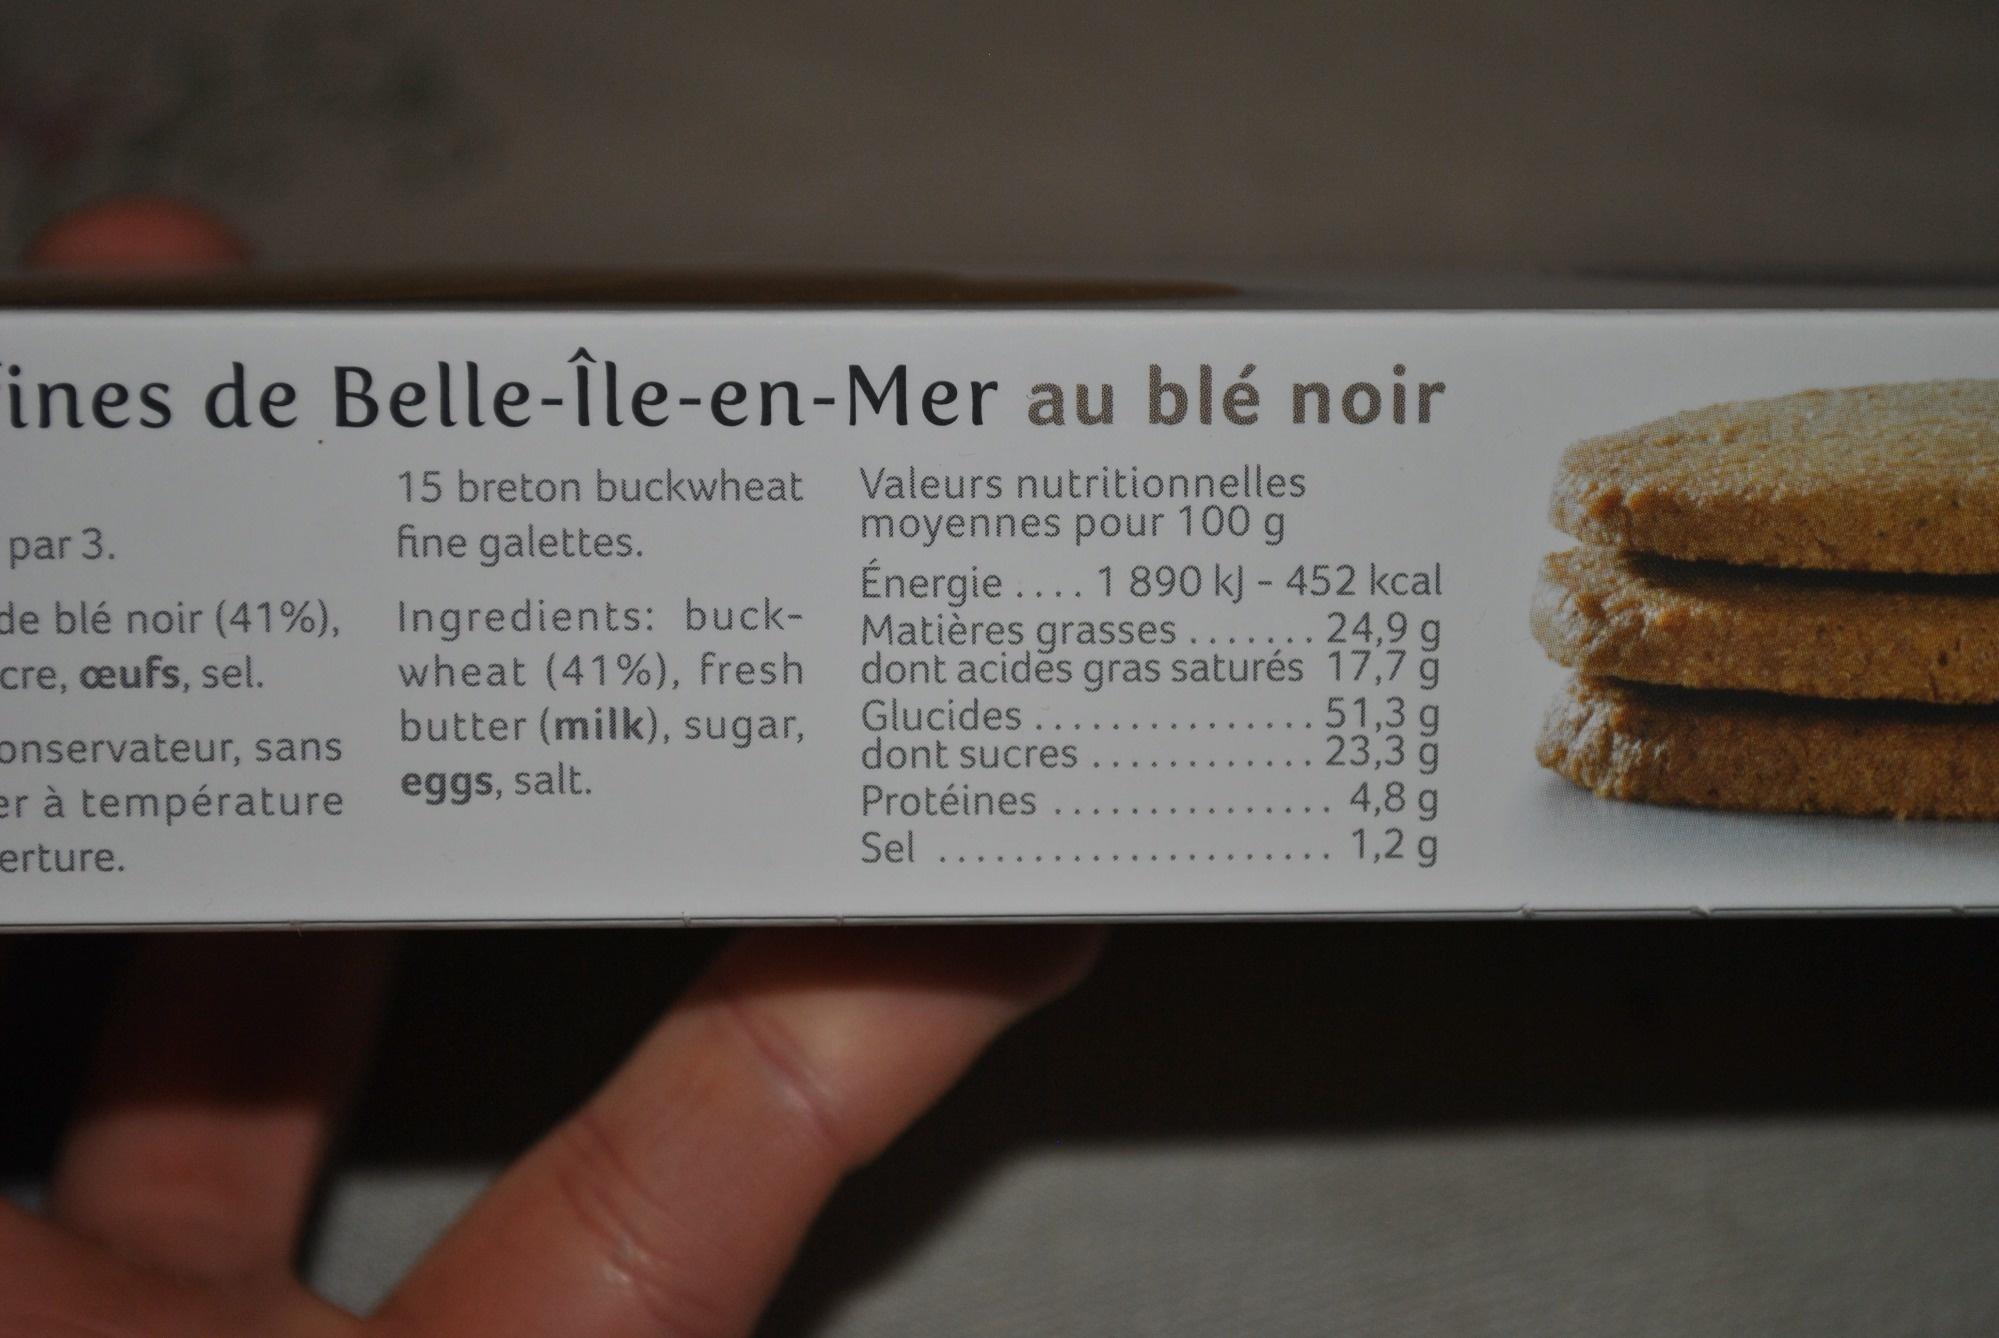
ines de Belle-Île-en-Mer au blé noir
15 breton buckwheat fine galettes. Ingredients: buckwheat (41%), fresh butter (milk), sugar, eggs, salt.
669.
Valeurs nutritionnelles moyennes pour 100 g Énergie .... 1 890 kJ - 452 kcal Matières grasses... 24,9 g dont acides gras saturés 17,7 g Glucides .... ...51,3 g dont sucres . 23,3 g Protéines . 4,8 g Sel ..... 1,2 g
par 3.
de blé noir (41%), cre, œufs, sel.
onservateur, sans er à température
erture.